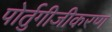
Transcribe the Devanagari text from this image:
पोर्तुगीजीकरण